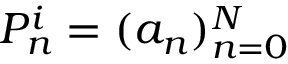
P _ { n } ^ { i } = ( a _ { n } ) _ { n = 0 } ^ { N }